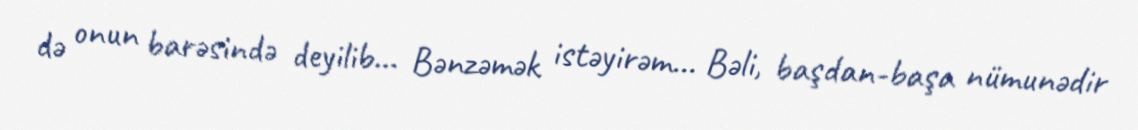
də onun barəsində deyilib... Bənzəmək istəyirəm... Bəli, başdan-başa nümunədir